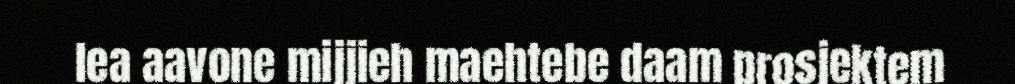
lea aavone mijjieh maehtebe daam prosjektem